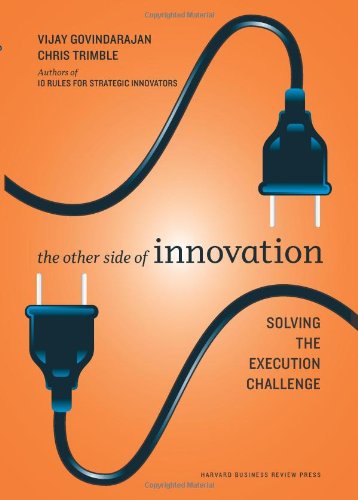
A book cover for The Other Side of Innovation: Solving the Execution Challenge (Harvard Business Review); Vijay Govindarajan; Business & Money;